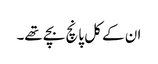
ان کے کل پانچ بچے تھے۔